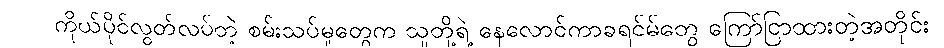
ကိုယ်ပိုင်လွတ်လပ်တဲ့ စမ်းသပ်မှုတွေက သူတို့ရဲ့ နေလောင်ကာခရင်မ်တွေ ကြော်ငြာထားတဲ့အတိုင်း